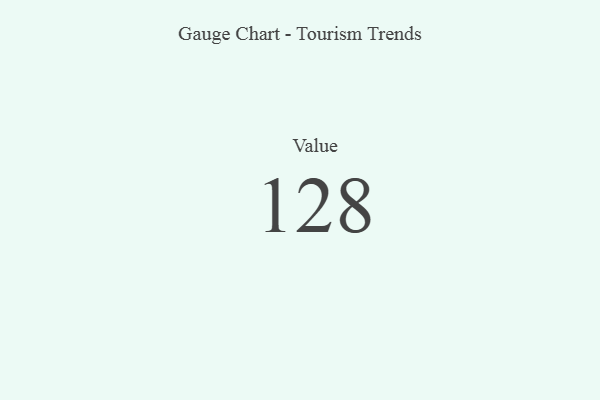
{"axis": {"x": "Metric", "y": "Value"}, "legend": [""], "data": [{"x": "Value", "y": 128, "type": ""}]}